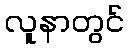
လူနာတွင်